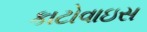
કાટોવાઇસ